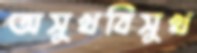
অসুখবিসুখ